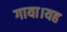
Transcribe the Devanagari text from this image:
गाया।यह